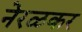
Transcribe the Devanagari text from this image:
नेरळकर